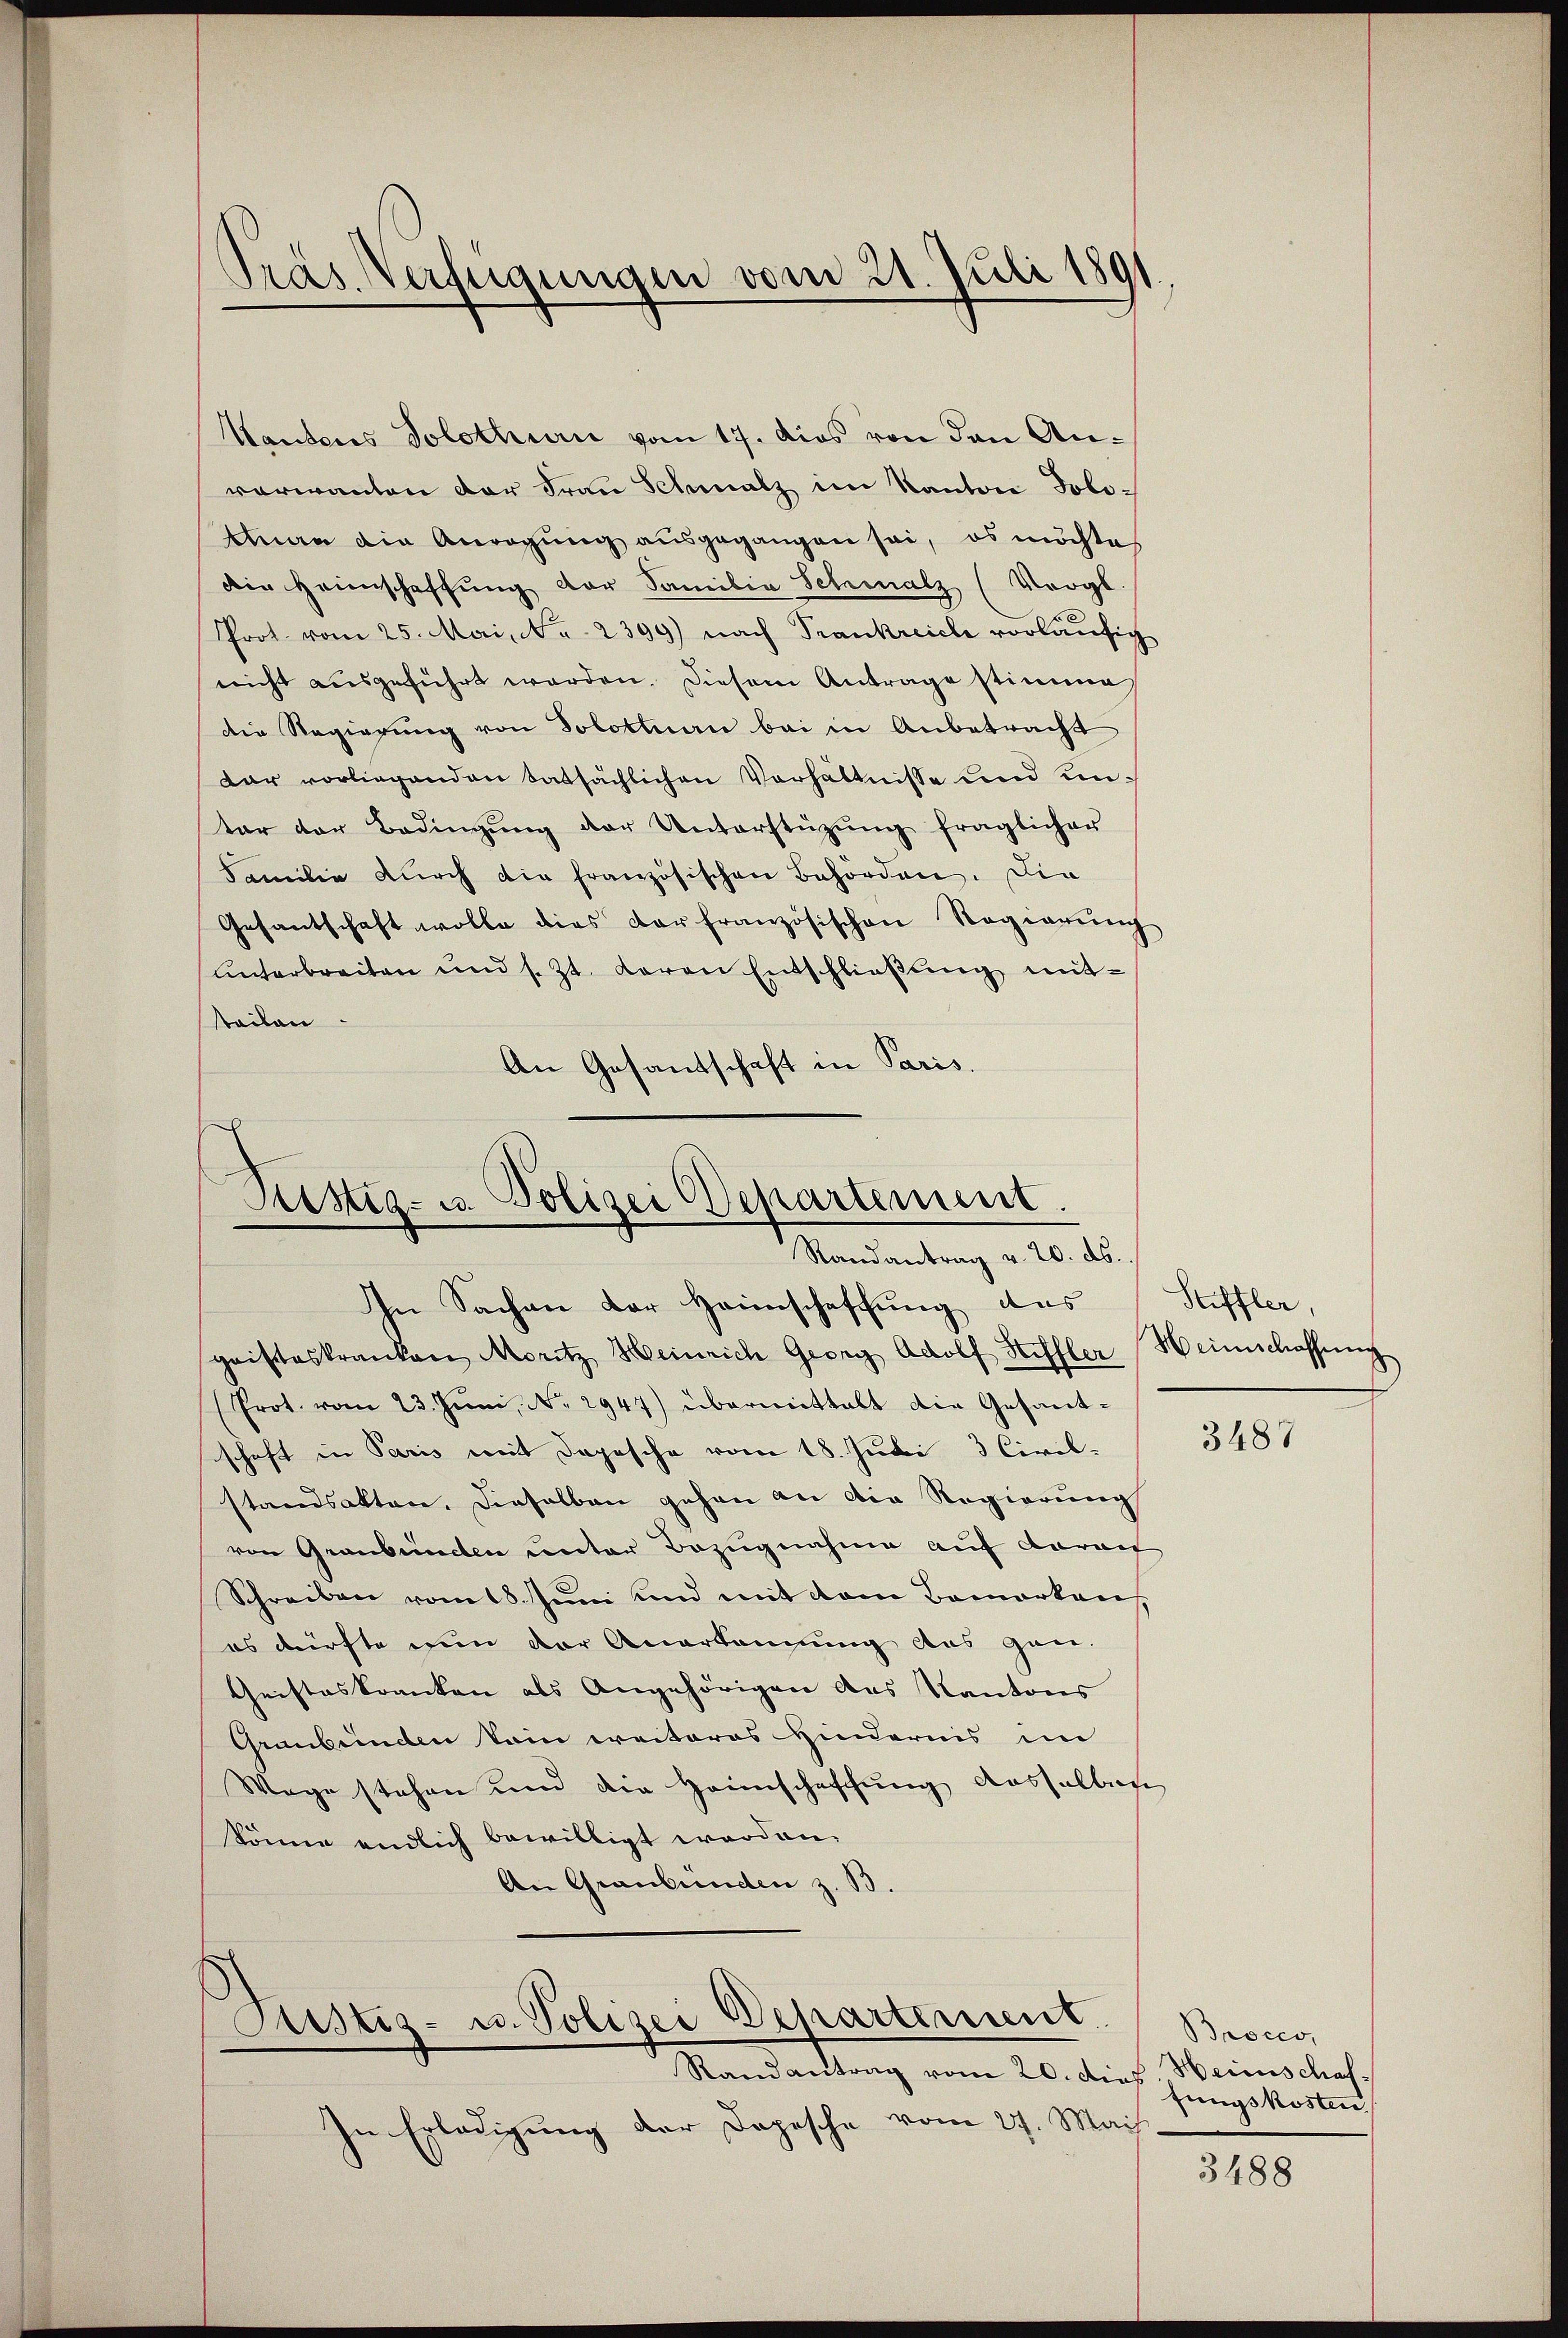
Dras Verfügungen vom 21. Juli 1891

Kantons Solothurić vom 17. dies von den Anverwanten der Frau Schmalz im Kanton Politnau die Anregung ausgegangen sei, es möchte
die Heimschaffung der Familia Schmalz (Vergl.
Prot. vom 25. Mai, Nr. 2399) nach Trankreiche vorläufig
nicht aŭsgeführt worden. Diesem Antrage stimme
die Regierung von Solottnau bei in Anbetracht
dar vorliegenden tatsächlichen Verhältnisse und unter der Bedingŭng der Unterstützŭng fraglicher
Familie durch die französischen Behörden. Die
Gesantschaft wolle dies Dorfranzösischen Regierŭng
ŭnterbreiten und s. Zt. Baron Entschlieβŭng mittailan
An Gesandschaft in Paris.

Püstig- u. Polizei Departement.
Randantrag v. 20. ds.
In Sachen der Heimschaffung des

gristeskranken Moritz Heinrich Georg Adolf Hiffler Heimschaffung
Prot. vom 23. Juni, No 2947) übermittalt die Gesantsschaft in Paris mit Depesche vom 18. Juli 3 Civil-
standsakten, dieselben gehen an die Regierung
von Graubünden unter Bezugnahme auf darau
Schreiben vom 18. Juni und mit dem Bemerken
es dürfte nun der Anerkennung aus gan
Geisteskranken als Angehörigen aus Kantons
Graubünden sein ereiteres Hindernis im
Wege stehen und die Heimschaffung dasselben
könne endlich bewilligt worden.
An Graubünden z. B.

Justiz- u. Polizei Departement
Randantrag vom 20. dies. Heimschaf

Stiffler,
3487

In Erledigung der Depesche vom 27. Mai

Broces,
fungskosten.

3488